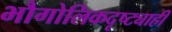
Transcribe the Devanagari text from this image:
भौगोलिकदृष्ट्याही